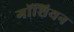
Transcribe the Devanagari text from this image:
गॉशियन